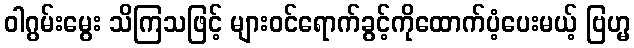
ဝါဂွမ်းမွေး သိကြသဖြင့် များဝင်ရောက်ခွင့်ကိုထောက်ပံ့ပေးမယ့် ဗြဟ္မ